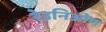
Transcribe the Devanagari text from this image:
रेउनिओण